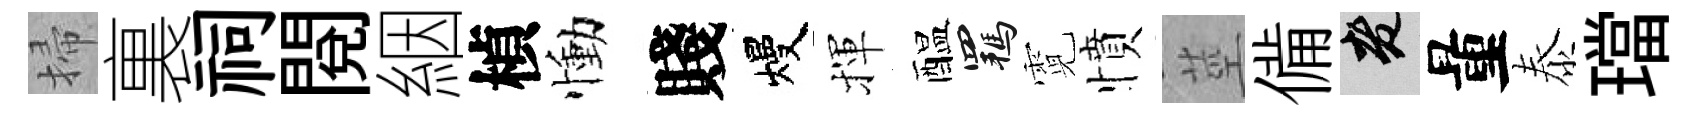
掃裏祠閲絪楨慟賤熳揮醖羈霓憤莖備老量泰璫